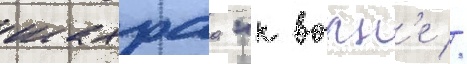
шахраа "к волн'е //